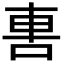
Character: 軎